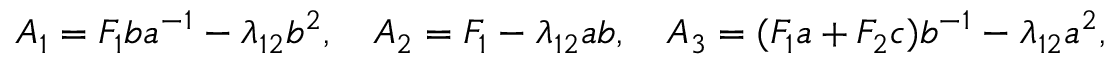
A _ { 1 } = F _ { 1 } b a ^ { - 1 } - \lambda _ { 1 2 } b ^ { 2 } , \quad A _ { 2 } = F _ { 1 } - \lambda _ { 1 2 } a b , \quad A _ { 3 } = ( F _ { 1 } a + F _ { 2 } c ) b ^ { - 1 } - \lambda _ { 1 2 } a ^ { 2 } ,